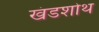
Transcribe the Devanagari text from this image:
खंडशोथ